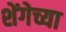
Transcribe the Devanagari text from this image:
शेंगेच्या